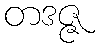
တဒဇ္ဇ